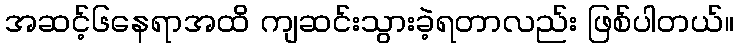
အဆင့်၆နေရာအထိ ကျဆင်းသွားခဲ့ရတာလည်း ဖြစ်ပါတယ်။